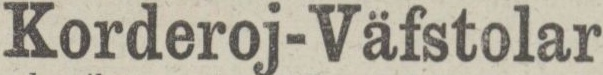
Korderoj-Väfstolar